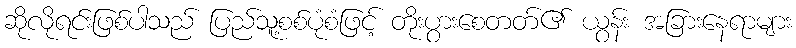
ဆိုလိုရင်းဖြစ်ပါသည် ပြည်သူ့စစ်ပုံစံဖြင့် တိုးပွားစေတတ်၏ ယွန်း အခြားနေရာများ